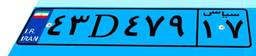
۴۳D۴۷۹۱۷